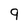
Character: 9